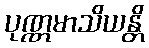
ပုဏ္ဏမာသိယန္တိ